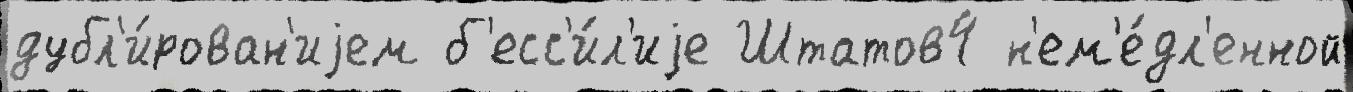
дубл'и́рован'иjем б'есс'и́л'иjе Штатов4 н'ем'е́дл'енной